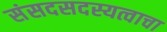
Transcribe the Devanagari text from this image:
संसदसदस्यत्वाचा